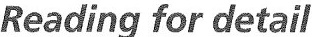
Reading for detail